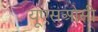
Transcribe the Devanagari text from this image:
यूएसओसी